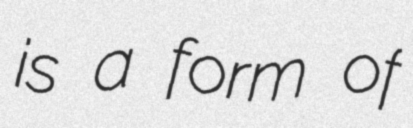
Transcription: is a form of